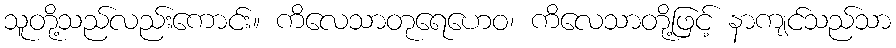
သူတို့သည်လည်းကောင်း။ ကိလေသာတုရေဟေဝ၊ ကိလေသာတို့ဖြင့် နာကျင်သည်သာ